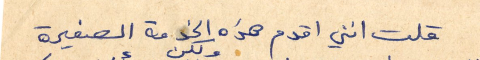
قلت انني اقدم هذه الخدمة الصغيرة